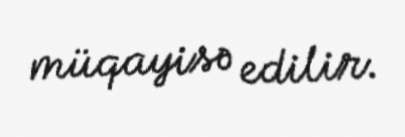
müqayisə edilir.